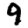
Digit: 9